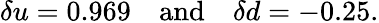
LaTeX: \delta u=0.969\quad\mathrm{and}\quad\delta d=-0.25.